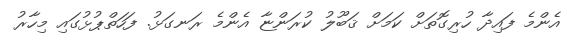
އެންމެ ފައިދާ ހުރިގޮތަށް ކަމަށް ޤަބޫލު ކުރަންޏާ އެންމެ ރަނގަޅު. ފަހަތްޕުޅުގައި މިހާރު